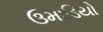
ઉમાડિયો